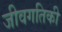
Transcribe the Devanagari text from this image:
जीवगतिकी